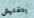
بتفتيش